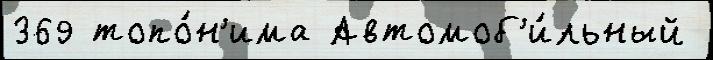
369 топо́н'има Автомоб'и́льный